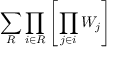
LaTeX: \sum _ { R } \prod _ { i \in R } \left[ \prod _ { j \in i } W _ { j } \right]